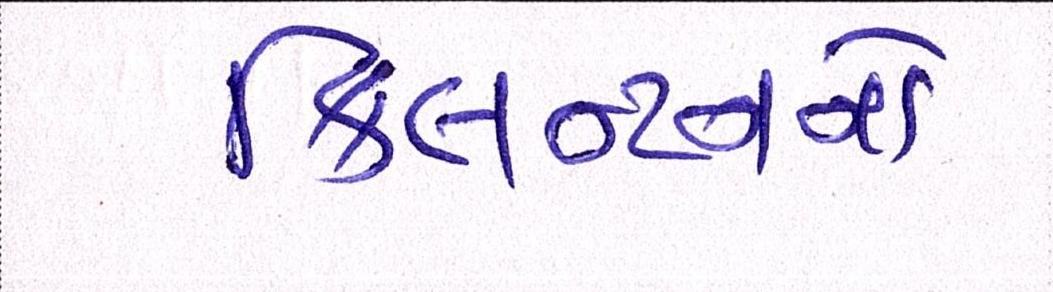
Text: ક્લિન્ટનને